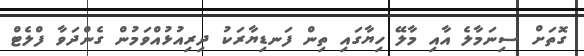
ގޮތަށް ސިނަމާލެ އާއި މާލޭ ހިޔާގައި ތިން ފަނޑިޔާރަކު ދިރިއުޅުއްވަމުން ގެންދަވާ ފްލެޓް